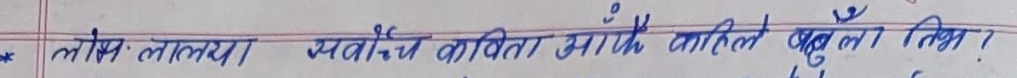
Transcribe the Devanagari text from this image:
लम्ब लाल्या। म्याऊँचे कविता अलिक पहिले बुनेको थिभ।